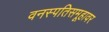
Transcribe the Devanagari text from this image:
वनस्पतिसमूहावर